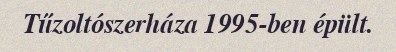
Tűzoltószerháza 1995-ben épült.